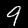
Digit: 9